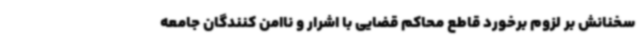
سخنانش بر لزوم برخورد قاطع محاکم قضایی با اشرار و ناامن کنندگان جامعه